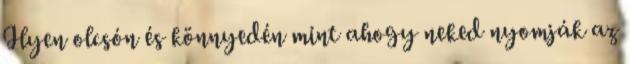
Ilyen olcsón és könnyedén mint ahogy neked nyomják az